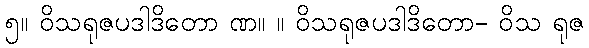
၅။ ဝိသရုဇပဒါဒိတော ဏ။ ။ ဝိသရုဇပဒါဒိတော- ဝိသ ရုဇ